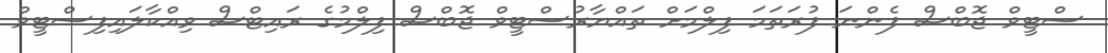
ސްޓީވް ޖޮބްސް ފެންނަ ފުރަތަމަ ފިލްމަށް ތައްޔާރުސްޓީވް ޖޮބްސް ފިލްމުގެ ރައިޓްސް ވިއްކާލައިފިސްޓީވް